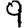
Digit: 9